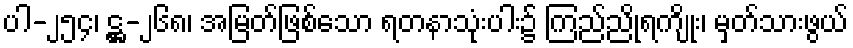
ပါ-၂၅၄၊ ဋ္ဌ-၂၆၈၊ အမြတ်ဖြစ်သော ရတနာသုံးပါး၌ ကြည်ညိုရကျိုး၊ မှတ်သားဖွယ်